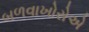
બળવાખોરોએ